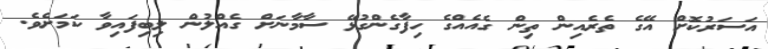
އަސަރުކޮށް އޭގެ ތެރެއިން ތިން ގެއެއްގެ ހިފާގެންގުޅޭ ސާމާނަށް ގެއްލުން ލިބިފައިވާ ކަމަށެވެ.